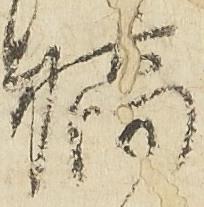
橋